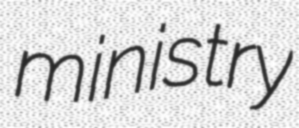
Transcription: ministry